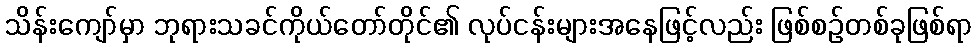
သိန်းကျော်မှာ ဘုရားသခင်ကိုယ်တော်တိုင်၏ လုပ်ငန်းများအနေဖြင့်လည်း ဖြစ်စဉ်တစ်ခုဖြစ်ရာ